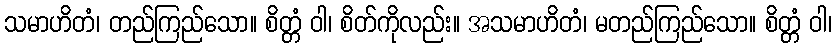
သမာဟိတံ၊ တည်ကြည်သော။ စိတ္တံ ဝါ၊ စိတ်ကိုလည်း။ အသမာဟိတံ၊ မတည်ကြည်သော။ စိတ္တံ ဝါ၊